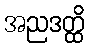
အညဒတ္ထိ